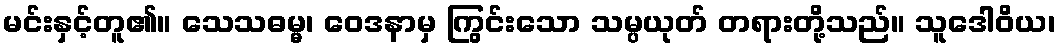
မင်းနှင့်တူ၏။ သေသဓမ္မ၊ ဝေဒနာမှ ကြွင်းသော သမ္ပယုတ် တရားတို့သည်။ သူဒေါဝိယ၊